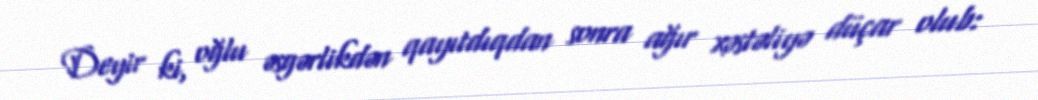
Deyir ki, oğlu əsgərlikdən qayıtdıqdan sonra ağır xəstəliyə düçar olub: